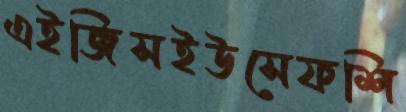
এইজিসইউসেফশি